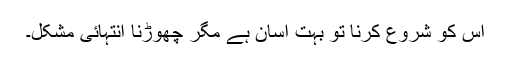
اس کو شروع کرنا تو بہت آسان ہے مگر چھوڑنا انتہائی مشکل۔